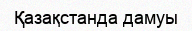
Қазақстанда дамуы